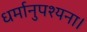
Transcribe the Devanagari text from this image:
धर्मानुपश्यना।